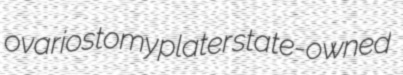
ovariostomy plater state-owned